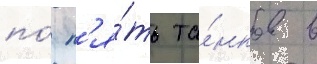
по́ п'я́ть та́нков в